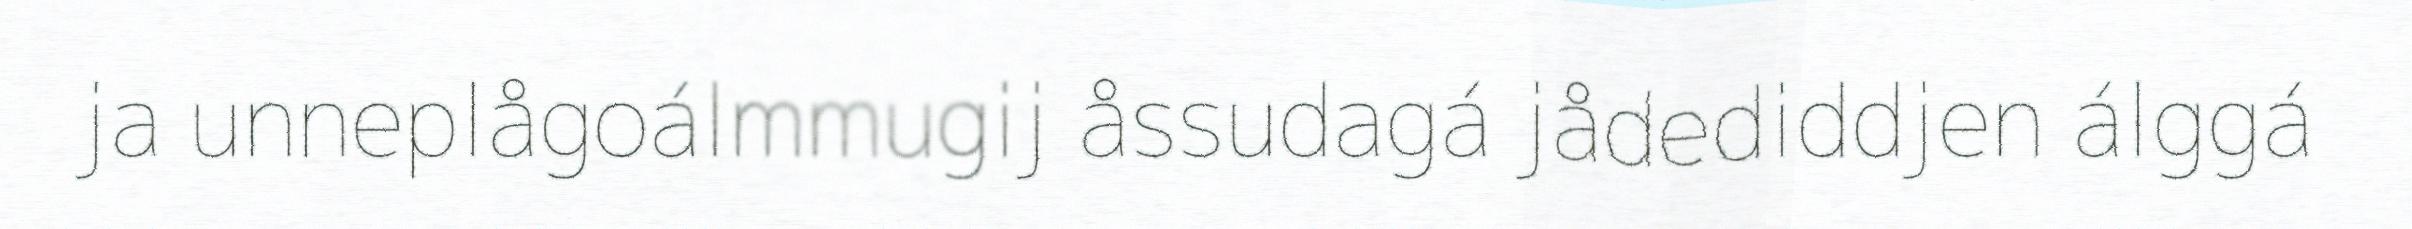
ja unneplågoálmmugij åssudagá jådediddjen álggá